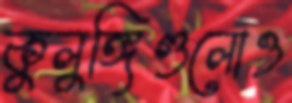
কুলুঙ্গিগুলোও